Report of the Indian Hemp Drugs Commission, 1894-1895 - Volume II
Year: 1894
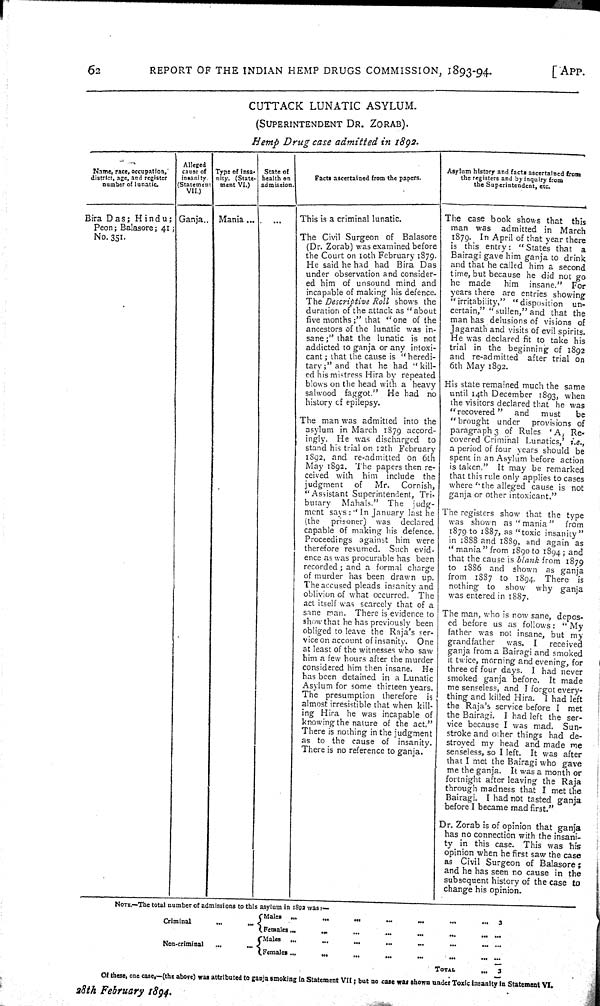
62
REPORT OF THE INDIAN HEMP DRUGS COMMISSION, 1893-94.
[APP.
CUTTACK
LUNATIC
ASYLUM.
(SUPERINTENDENT
DR.
ZORAB).
Hemp
Drug
case admitted
in
1892.
Name, race, occupation,
district, age, and register
number of lunatic.
Alleged
cause of
insanity.
(Statement
VII.)
Type of insa-
nity. (State-
ment VI.)
State of
health on
admission.
Facts ascertained from the papers.
Asylum history and facts ascertained from
the registers and by inquiry from
the Superintendent, etc
Name, race, occupation,
district, age, and register
number of lunatic.
Alleged
cause of
insanity.
(Statement
VII.)
Type of insa-
nity. (State-
ment VI.)
State of
health on
admission.
Facts ascertained from the papers.
Asylum history and facts ascertained from
the registers and by inquiry from
the Superintendent, etc
Name, race, occupation,
district, age, and register
number of lunatic.
Alleged
cause of
insanity.
(Statement
VII.)
Type of insa-
nity. (State-
ment VI.)
State of
health on
admission.
Facts ascertained from the papers.
Asylum history and facts ascertained from
the registers and by inquiry from
the Superintendent, etc
Name, race, occupation,
district, age, and register
number of lunatic.
Alleged
cause of
insanity.
(Statement
VII.)
Type of insa-
nity. (State-
ment VI.)
State of
health on
admission.
Facts ascertained from the papers.
Asylum history and facts ascertained from
the registers and by inquiry from
the Superintendent, etc
Name, race, occupation,
district, age, and register
number of lunatic.
Alleged
cause of
insanity.
(Statement
VII.)
Type of insa-
nity. (State-
ment VI.)
State of
health on
admission.
Facts ascertained from the papers.
Asylum history and facts ascertained from
the registers and by inquiry from
the Superintendent, etc
Bira Das;
Hindu;
Peon; Balasore; 41;
No. 351.
Ganja..
Mania ...
This is a criminal lunatic.
The case book shows that
this
man was
admitted in
March
1879. In April of that year there
is this entry:
"States that
a
Bairagi gave him ganja to drink
and that he called him a second
time, but because he did not go
he
made
him
insane."
For
years there are entries showing
"irritability,"
"disposition
un-
certain," "sullen," and that the
man has delusions of visions of
Jaganath and visits of evil spirits.
He was declared fit to take his
trial in the beginning of 1892
and re-admitted
after trial on
6th May 1892.
Bira Das;
Hindu;
Peon; Balasore; 41;
No. 351.
The case book shows that
this
man was
admitted in
March
1879. In April of that year there
is this entry:
"States that
a
Bairagi gave him ganja to drink
and that he called him a second
time, but because he did not go
he
made
him
insane."
For
years there are entries showing
"irritability,"
"disposition
un-
certain," "sullen," and that the
man has delusions of visions of
Jaganath and visits of evil spirits.
He was declared fit to take his
trial in the beginning of 1892
and re-admitted
after trial on
6th May 1892.
Bira Das;
Hindu;
Peon; Balasore; 41;
No. 351.
The Civil Surgeon of
Balasore
(Dr. Zorab) was examined before
the Court on 10th February 1879.
He said he had had Bira
Das
under observation and consider-
ed him of unsound mind and
incapable of making his defence.
The Descriptive
Roll
shows the
duration of the attack as "about
five months;" that "one of the
ancestors of the lunatic was in-
sane;" that the lunatic is not
addicted to ganja or any intoxi-
cant; that the cause is "heredi-
tary;" and that he had "kill-
ed his mistress Hira by repeated
blows on the head with a heavy
salwood
faggot."
He had
no
history of epilepsy.
The case book shows that
this
man was
admitted in
March
1879. In April of that year there
is this entry:
"States that
a
Bairagi gave him ganja to drink
and that he called him a second
time, but because he did not go
he
made
him
insane."
For
years there are entries showing
"irritability,"
"disposition
un-
certain," "sullen," and that the
man has delusions of visions of
Jaganath and visits of evil spirits.
He was declared fit to take his
trial in the beginning of 1892
and re-admitted
after trial on
6th May 1892.
The Civil Surgeon of
Balasore
(Dr. Zorab) was examined before
the Court on 10th February 1879.
He said he had had Bira
Das
under observation and consider-
ed him of unsound mind and
incapable of making his defence.
The Descriptive
Roll
shows the
duration of the attack as "about
five months;" that "one of the
ancestors of the lunatic was in-
sane;" that the lunatic is not
addicted to ganja or any intoxi-
cant; that the cause is "heredi-
tary;" and that he had "kill-
ed his mistress Hira by repeated
blows on the head with a heavy
salwood
faggot."
He had
no
history of epilepsy.
The case book shows that
this
man was
admitted in
March
1879. In April of that year there
is this entry:
"States that
a
Bairagi gave him ganja to drink
and that he called him a second
time, but because he did not go
he
made
him
insane."
For
years there are entries showing
"irritability,"
"disposition
un-
certain," "sullen," and that the
man has delusions of visions of
Jaganath and visits of evil spirits.
He was declared fit to take his
trial in the beginning of 1892
and re-admitted
after trial on
6th May 1892.
The Civil Surgeon of
Balasore
(Dr. Zorab) was examined before
the Court on 10th February 1879.
He said he had had Bira
Das
under observation and consider-
ed him of unsound mind and
incapable of making his defence.
The Descriptive
Roll
shows the
duration of the attack as "about
five months;" that "one of the
ancestors of the lunatic was in-
sane;" that the lunatic is not
addicted to ganja or any intoxi-
cant; that the cause is "heredi-
tary;" and that he had "kill-
ed his mistress Hira by repeated
blows on the head with a heavy
salwood
faggot."
He had
no
history of epilepsy.
The case book shows that
this
man was
admitted in
March
1879. In April of that year there
is this entry:
"States that
a
Bairagi gave him ganja to drink
and that he called him a second
time, but because he did not go
he
made
him
insane."
For
years there are entries showing
"irritability,"
"disposition
un-
certain," "sullen," and that the
man has delusions of visions of
Jaganath and visits of evil spirits.
He was declared fit to take his
trial in the beginning of 1892
and re-admitted
after trial on
6th May 1892.
The Civil Surgeon of
Balasore
(Dr. Zorab) was examined before
the Court on 10th February 1879.
He said he had had Bira
Das
under observation and consider-
ed him of unsound mind and
incapable of making his defence.
The Descriptive
Roll
shows the
duration of the attack as "about
five months;" that "one of the
ancestors of the lunatic was in-
sane;" that the lunatic is not
addicted to ganja or any intoxi-
cant; that the cause is "heredi-
tary;" and that he had "kill-
ed his mistress Hira by repeated
blows on the head with a heavy
salwood
faggot."
He had
no
history of epilepsy.
The case book shows that
this
man was
admitted in
March
1879. In April of that year there
is this entry:
"States that
a
Bairagi gave him ganja to drink
and that he called him a second
time, but because he did not go
he
made
him
insane."
For
years there are entries showing
"irritability,"
"disposition
un-
certain," "sullen," and that the
man has delusions of visions of
Jaganath and visits of evil spirits.
He was declared fit to take his
trial in the beginning of 1892
and re-admitted
after trial on
6th May 1892.
The Civil Surgeon of
Balasore
(Dr. Zorab) was examined before
the Court on 10th February 1879.
He said he had had Bira
Das
under observation and consider-
ed him of unsound mind and
incapable of making his defence.
The Descriptive
Roll
shows the
duration of the attack as "about
five months;" that "one of the
ancestors of the lunatic was in-
sane;" that the lunatic is not
addicted to ganja or any intoxi-
cant; that the cause is "heredi-
tary;" and that he had "kill-
ed his mistress Hira by repeated
blows on the head with a heavy
salwood
faggot."
He had
no
history of epilepsy.
The case book shows that
this
man was
admitted in
March
1879. In April of that year there
is this entry:
"States that
a
Bairagi gave him ganja to drink
and that he called him a second
time, but because he did not go
he
made
him
insane."
For
years there are entries showing
"irritability,"
"disposition
un-
certain," "sullen," and that the
man has delusions of visions of
Jaganath and visits of evil spirits.
He was declared fit to take his
trial in the beginning of 1892
and re-admitted
after trial on
6th May 1892.
The Civil Surgeon of
Balasore
(Dr. Zorab) was examined before
the Court on 10th February 1879.
He said he had had Bira
Das
under observation and consider-
ed him of unsound mind and
incapable of making his defence.
The Descriptive
Roll
shows the
duration of the attack as "about
five months;" that "one of the
ancestors of the lunatic was in-
sane;" that the lunatic is not
addicted to ganja or any intoxi-
cant; that the cause is "heredi-
tary;" and that he had "kill-
ed his mistress Hira by repeated
blows on the head with a heavy
salwood
faggot."
He had
no
history of epilepsy.
The case book shows that
this
man was
admitted in
March
1879. In April of that year there
is this entry:
"States that
a
Bairagi gave him ganja to drink
and that he called him a second
time, but because he did not go
he
made
him
insane."
For
years there are entries showing
"irritability,"
"disposition
un-
certain," "sullen," and that the
man has delusions of visions of
Jaganath and visits of evil spirits.
He was declared fit to take his
trial in the beginning of 1892
and re-admitted
after trial on
6th May 1892.
The Civil Surgeon of
Balasore
(Dr. Zorab) was examined before
the Court on 10th February 1879.
He said he had had Bira
Das
under observation and consider-
ed him of unsound mind and
incapable of making his defence.
The Descriptive
Roll
shows the
duration of the attack as "about
five months;" that "one of the
ancestors of the lunatic was in-
sane;" that the lunatic is not
addicted to ganja or any intoxi-
cant; that the cause is "heredi-
tary;" and that he had "kill-
ed his mistress Hira by repeated
blows on the head with a heavy
salwood
faggot."
He had
no
history of epilepsy.
The case book shows that
this
man was
admitted in
March
1879. In April of that year there
is this entry:
"States that
a
Bairagi gave him ganja to drink
and that he called him a second
time, but because he did not go
he
made
him
insane."
For
years there are entries showing
"irritability,"
"disposition
un-
certain," "sullen," and that the
man has delusions of visions of
Jaganath and visits of evil spirits.
He was declared fit to take his
trial in the beginning of 1892
and re-admitted
after trial on
6th May 1892.
The Civil Surgeon of
Balasore
(Dr. Zorab) was examined before
the Court on 10th February 1879.
He said he had had Bira
Das
under observation and consider-
ed him of unsound mind and
incapable of making his defence.
The Descriptive
Roll
shows the
duration of the attack as "about
five months;" that "one of the
ancestors of the lunatic was in-
sane;" that the lunatic is not
addicted to ganja or any intoxi-
cant; that the cause is "heredi-
tary;" and that he had "kill-
ed his mistress Hira by repeated
blows on the head with a heavy
salwood
faggot."
He had
no
history of epilepsy.
The case book shows that
this
man was
admitted in
March
1879. In April of that year there
is this entry:
"States that
a
Bairagi gave him ganja to drink
and that he called him a second
time, but because he did not go
he
made
him
insane."
For
years there are entries showing
"irritability,"
"disposition
un-
certain," "sullen," and that the
man has delusions of visions of
Jaganath and visits of evil spirits.
He was declared fit to take his
trial in the beginning of 1892
and re-admitted
after trial on
6th May 1892.
The Civil Surgeon of
Balasore
(Dr. Zorab) was examined before
the Court on 10th February 1879.
He said he had had Bira
Das
under observation and consider-
ed him of unsound mind and
incapable of making his defence.
The Descriptive
Roll
shows the
duration of the attack as "about
five months;" that "one of the
ancestors of the lunatic was in-
sane;" that the lunatic is not
addicted to ganja or any intoxi-
cant; that the cause is "heredi-
tary;" and that he had "kill-
ed his mistress Hira by repeated
blows on the head with a heavy
salwood
faggot."
He had
no
history of epilepsy.
The case book shows that
this
man was
admitted in
March
1879. In April of that year there
is this entry:
"States that
a
Bairagi gave him ganja to drink
and that he called him a second
time, but because he did not go
he
made
him
insane."
For
years there are entries showing
"irritability,"
"disposition
un-
certain," "sullen," and that the
man has delusions of visions of
Jaganath and visits of evil spirits.
He was declared fit to take his
trial in the beginning of 1892
and re-admitted
after trial on
6th May 1892.
The Civil Surgeon of
Balasore
(Dr. Zorab) was examined before
the Court on 10th February 1879.
He said he had had Bira
Das
under observation and consider-
ed him of unsound mind and
incapable of making his defence.
The Descriptive
Roll
shows the
duration of the attack as "about
five months;" that "one of the
ancestors of the lunatic was in-
sane;" that the lunatic is not
addicted to ganja or any intoxi-
cant; that the cause is "heredi-
tary;" and that he had "kill-
ed his mistress Hira by repeated
blows on the head with a heavy
salwood
faggot."
He had
no
history of epilepsy.
The case book shows that
this
man was
admitted in
March
1879. In April of that year there
is this entry:
"States that
a
Bairagi gave him ganja to drink
and that he called him a second
time, but because he did not go
he
made
him
insane."
For
years there are entries showing
"irritability,"
"disposition
un-
certain," "sullen," and that the
man has delusions of visions of
Jaganath and visits of evil spirits.
He was declared fit to take his
trial in the beginning of 1892
and re-admitted
after trial on
6th May 1892.
The Civil Surgeon of
Balasore
(Dr. Zorab) was examined before
the Court on 10th February 1879.
He said he had had Bira
Das
under observation and consider-
ed him of unsound mind and
incapable of making his defence.
The Descriptive
Roll
shows the
duration of the attack as "about
five months;" that "one of the
ancestors of the lunatic was in-
sane;" that the lunatic is not
addicted to ganja or any intoxi-
cant; that the cause is "heredi-
tary;" and that he had "kill-
ed his mistress Hira by repeated
blows on the head with a heavy
salwood
faggot."
He had
no
history of epilepsy.
The case book shows that
this
man was
admitted in
March
1879. In April of that year there
is this entry:
"States that
a
Bairagi gave him ganja to drink
and that he called him a second
time, but because he did not go
he
made
him
insane."
For
years there are entries showing
"irritability,"
"disposition
un-
certain," "sullen," and that the
man has delusions of visions of
Jaganath and visits of evil spirits.
He was declared fit to take his
trial in the beginning of 1892
and re-admitted
after trial on
6th May 1892.
The Civil Surgeon of
Balasore
(Dr. Zorab) was examined before
the Court on 10th February 1879.
He said he had had Bira
Das
under observation and consider-
ed him of unsound mind and
incapable of making his defence.
The Descriptive
Roll
shows the
duration of the attack as "about
five months;" that "one of the
ancestors of the lunatic was in-
sane;" that the lunatic is not
addicted to ganja or any intoxi-
cant; that the cause is "heredi-
tary;" and that he had "kill-
ed his mistress Hira by repeated
blows on the head with a heavy
salwood
faggot."
He had
no
history of epilepsy.
The case book shows that
this
man was
admitted in
March
1879. In April of that year there
is this entry:
"States that
a
Bairagi gave him ganja to drink
and that he called him a second
time, but because he did not go
he
made
him
insane."
For
years there are entries showing
"irritability,"
"disposition
un-
certain," "sullen," and that the
man has delusions of visions of
Jaganath and visits of evil spirits.
He was declared fit to take his
trial in the beginning of 1892
and re-admitted
after trial on
6th May 1892.
The Civil Surgeon of
Balasore
(Dr. Zorab) was examined before
the Court on 10th February 1879.
He said he had had Bira
Das
under observation and consider-
ed him of unsound mind and
incapable of making his defence.
The Descriptive
Roll
shows the
duration of the attack as "about
five months;" that "one of the
ancestors of the lunatic was in-
sane;" that the lunatic is not
addicted to ganja or any intoxi-
cant; that the cause is "heredi-
tary;" and that he had "kill-
ed his mistress Hira by repeated
blows on the head with a heavy
salwood
faggot."
He had
no
history of epilepsy.
The case book shows that
this
man was
admitted in
March
1879. In April of that year there
is this entry:
"States that
a
Bairagi gave him ganja to drink
and that he called him a second
time, but because he did not go
he
made
him
insane."
For
years there are entries showing
"irritability,"
"disposition
un-
certain," "sullen," and that the
man has delusions of visions of
Jaganath and visits of evil spirits.
He was declared fit to take his
trial in the beginning of 1892
and re-admitted
after trial on
6th May 1892.
The Civil Surgeon of
Balasore
(Dr. Zorab) was examined before
the Court on 10th February 1879.
He said he had had Bira
Das
under observation and consider-
ed him of unsound mind and
incapable of making his defence.
The Descriptive
Roll
shows the
duration of the attack as "about
five months;" that "one of the
ancestors of the lunatic was in-
sane;" that the lunatic is not
addicted to ganja or any intoxi-
cant; that the cause is "heredi-
tary;" and that he had "kill-
ed his mistress Hira by repeated
blows on the head with a heavy
salwood
faggot."
He had
no
history of epilepsy.
The case book shows that
this
man was
admitted in
March
1879. In April of that year there
is this entry:
"States that
a
Bairagi gave him ganja to drink
and that he called him a second
time, but because he did not go
he
made
him
insane."
For
years there are entries showing
"irritability,"
"disposition
un-
certain," "sullen," and that the
man has delusions of visions of
Jaganath and visits of evil spirits.
He was declared fit to take his
trial in the beginning of 1892
and re-admitted
after trial on
6th May 1892.
The Civil Surgeon of
Balasore
(Dr. Zorab) was examined before
the Court on 10th February 1879.
He said he had had Bira
Das
under observation and consider-
ed him of unsound mind and
incapable of making his defence.
The Descriptive
Roll
shows the
duration of the attack as "about
five months;" that "one of the
ancestors of the lunatic was in-
sane;" that the lunatic is not
addicted to ganja or any intoxi-
cant; that the cause is "heredi-
tary;" and that he had "kill-
ed his mistress Hira by repeated
blows on the head with a heavy
salwood
faggot."
He had
no
history of epilepsy.
The case book shows that
this
man was
admitted in
March
1879. In April of that year there
is this entry:
"States that
a
Bairagi gave him ganja to drink
and that he called him a second
time, but because he did not go
he
made
him
insane."
For
years there are entries showing
"irritability,"
"disposition
un-
certain," "sullen," and that the
man has delusions of visions of
Jaganath and visits of evil spirits.
He was declared fit to take his
trial in the beginning of 1892
and re-admitted
after trial on
6th May 1892.
The Civil Surgeon of
Balasore
(Dr. Zorab) was examined before
the Court on 10th February 1879.
He said he had had Bira
Das
under observation and consider-
ed him of unsound mind and
incapable of making his defence.
The Descriptive
Roll
shows the
duration of the attack as "about
five months;" that "one of the
ancestors of the lunatic was in-
sane;" that the lunatic is not
addicted to ganja or any intoxi-
cant; that the cause is "heredi-
tary;" and that he had "kill-
ed his mistress Hira by repeated
blows on the head with a heavy
salwood
faggot."
He had
no
history of epilepsy.
The Civil Surgeon of
Balasore
(Dr. Zorab) was examined before
the Court on 10th February 1879.
He said he had had Bira
Das
under observation and consider-
ed him of unsound mind and
incapable of making his defence.
The Descriptive
Roll
shows the
duration of the attack as "about
five months;" that "one of the
ancestors of the lunatic was in-
sane;" that the lunatic is not
addicted to ganja or any intoxi-
cant; that the cause is "heredi-
tary;" and that he had "kill-
ed his mistress Hira by repeated
blows on the head with a heavy
salwood
faggot."
He had
no
history of epilepsy.
His state remained much the same
until 14th December 1893, when
the visitors declared that he was
"recovered"
and
must
be
"brought
under
provisions of
paragraph 3 of Rules
'A,
Re-
covered Criminal Lunatics,'
i.e.,
a period of four years should be
spent in an Asylum before action
is taken."
It may be remarked
that this rule only applies to cases
where "the alleged cause is not
ganja or other intoxicant."
The Civil Surgeon of
Balasore
(Dr. Zorab) was examined before
the Court on 10th February 1879.
He said he had had Bira
Das
under observation and consider-
ed him of unsound mind and
incapable of making his defence.
The Descriptive
Roll
shows the
duration of the attack as "about
five months;" that "one of the
ancestors of the lunatic was in-
sane;" that the lunatic is not
addicted to ganja or any intoxi-
cant; that the cause is "heredi-
tary;" and that he had "kill-
ed his mistress Hira by repeated
blows on the head with a heavy
salwood
faggot."
He had
no
history of epilepsy.
His state remained much the same
until 14th December 1893, when
the visitors declared that he was
"recovered"
and
must
be
"brought
under
provisions of
paragraph 3 of Rules
'A,
Re-
covered Criminal Lunatics,'
i.e.,
a period of four years should be
spent in an Asylum before action
is taken."
It may be remarked
that this rule only applies to cases
where "the alleged cause is not
ganja or other intoxicant."
The Civil Surgeon of
Balasore
(Dr. Zorab) was examined before
the Court on 10th February 1879.
He said he had had Bira
Das
under observation and consider-
ed him of unsound mind and
incapable of making his defence.
The Descriptive
Roll
shows the
duration of the attack as "about
five months;" that "one of the
ancestors of the lunatic was in-
sane;" that the lunatic is not
addicted to ganja or any intoxi-
cant; that the cause is "heredi-
tary;" and that he had "kill-
ed his mistress Hira by repeated
blows on the head with a heavy
salwood
faggot."
He had
no
history of epilepsy.
His state remained much the same
until 14th December 1893, when
the visitors declared that he was
"recovered"
and
must
be
"brought
under
provisions of
paragraph 3 of Rules
'A,
Re-
covered Criminal Lunatics,'
i.e.,
a period of four years should be
spent in an Asylum before action
is taken."
It may be remarked
that this rule only applies to cases
where "the alleged cause is not
ganja or other intoxicant."
His state remained much the same
until 14th December 1893, when
the visitors declared that he was
"recovered"
and
must
be
"brought
under
provisions of
paragraph 3 of Rules
'A,
Re-
covered Criminal Lunatics,'
i.e.,
a period of four years should be
spent in an Asylum before action
is taken."
It may be remarked
that this rule only applies to cases
where "the alleged cause is not
ganja or other intoxicant."
The man was admitted into the
asylum in March 1879 accord-
ingly.
He was discharged
to
stand his trial on 12th February
1892, and re-admitted on 6th
May 1892. The papers then re-
ceived with
him
include
the
judgment
of
Mr.
Cornish,
"Assistant Superintendent, Tri-
butary
Mahals."
The
judg-
ment says: "In January last he
(the
prisoner)
was
"declared
capable of making his defence.
Proceedings against him were
therefore resumed.
Such evid-
ence as was procurable has been
recorded; and a formal charge
of murder has been drawn up.
The accused pleads insanity and
oblivion of what occurred.
The
act itself was scarcely that of a
sane man.
There is evidence to
show that he has previously been
obliged to leave the Raja's ser-
vice on account of insanity.
One
at least of the witnesses who saw
him a few hours after the murder
considered him then insane.
He
has been detained in a Lunatic
Asylum for some thirteen years.
The
presumption
therefore
is
almost irresistible that when kill-
ing Hira he was incapable of
knowing the nature of the act."
There is nothing in the judgment
as to the cause of
insanity.
There is no reference to ganja.
His state remained much the same
until 14th December 1893, when
the visitors declared that he was
"recovered"
and
must
be
"brought
under
provisions of
paragraph 3 of Rules
'A,
Re-
covered Criminal Lunatics,'
i.e.,
a period of four years should be
spent in an Asylum before action
is taken."
It may be remarked
that this rule only applies to cases
where "the alleged cause is not
ganja or other intoxicant."
The man was admitted into the
asylum in March 1879 accord-
ingly.
He was discharged
to
stand his trial on 12th February
1892, and re-admitted on 6th
May 1892. The papers then re-
ceived with
him
include
the
judgment
of
Mr.
Cornish,
"Assistant Superintendent, Tri-
butary
Mahals."
The
judg-
ment says: "In January last he
(the
prisoner)
was
"declared
capable of making his defence.
Proceedings against him were
therefore resumed.
Such evid-
ence as was procurable has been
recorded; and a formal charge
of murder has been drawn up.
The accused pleads insanity and
oblivion of what occurred.
The
act itself was scarcely that of a
sane man.
There is evidence to
show that he has previously been
obliged to leave the Raja's ser-
vice on account of insanity.
One
at least of the witnesses who saw
him a few hours after the murder
considered him then insane.
He
has been detained in a Lunatic
Asylum for some thirteen years.
The
presumption
therefore
is
almost irresistible that when kill-
ing Hira he was incapable of
knowing the nature of the act."
There is nothing in the judgment
as to the cause of
insanity.
There is no reference to ganja.
His state remained much the same
until 14th December 1893, when
the visitors declared that he was
"recovered"
and
must
be
"brought
under
provisions of
paragraph 3 of Rules
'A,
Re-
covered Criminal Lunatics,'
i.e.,
a period of four years should be
spent in an Asylum before action
is taken."
It may be remarked
that this rule only applies to cases
where "the alleged cause is not
ganja or other intoxicant."
The man was admitted into the
asylum in March 1879 accord-
ingly.
He was discharged
to
stand his trial on 12th February
1892, and re-admitted on 6th
May 1892. The papers then re-
ceived with
him
include
the
judgment
of
Mr.
Cornish,
"Assistant Superintendent, Tri-
butary
Mahals."
The
judg-
ment says: "In January last he
(the
prisoner)
was
"declared
capable of making his defence.
Proceedings against him were
therefore resumed.
Such evid-
ence as was procurable has been
recorded; and a formal charge
of murder has been drawn up.
The accused pleads insanity and
oblivion of what occurred.
The
act itself was scarcely that of a
sane man.
There is evidence to
show that he has previously been
obliged to leave the Raja's ser-
vice on account of insanity.
One
at least of the witnesses who saw
him a few hours after the murder
considered him then insane.
He
has been detained in a Lunatic
Asylum for some thirteen years.
The
presumption
therefore
is
almost irresistible that when kill-
ing Hira he was incapable of
knowing the nature of the act."
There is nothing in the judgment
as to the cause of
insanity.
There is no reference to ganja.
His state remained much the same
until 14th December 1893, when
the visitors declared that he was
"recovered"
and
must
be
"brought
under
provisions of
paragraph 3 of Rules
'A,
Re-
covered Criminal Lunatics,'
i.e.,
a period of four years should be
spent in an Asylum before action
is taken."
It may be remarked
that this rule only applies to cases
where "the alleged cause is not
ganja or other intoxicant."
The man was admitted into the
asylum in March 1879 accord-
ingly.
He was discharged
to
stand his trial on 12th February
1892, and re-admitted on 6th
May 1892. The papers then re-
ceived with
him
include
the
judgment
of
Mr.
Cornish,
"Assistant Superintendent, Tri-
butary
Mahals."
The
judg-
ment says: "In January last he
(the
prisoner)
was
"declared
capable of making his defence.
Proceedings against him were
therefore resumed.
Such evid-
ence as was procurable has been
recorded; and a formal charge
of murder has been drawn up.
The accused pleads insanity and
oblivion of what occurred.
The
act itself was scarcely that of a
sane man.
There is evidence to
show that he has previously been
obliged to leave the Raja's ser-
vice on account of insanity.
One
at least of the witnesses who saw
him a few hours after the murder
considered him then insane.
He
has been detained in a Lunatic
Asylum for some thirteen years.
The
presumption
therefore
is
almost irresistible that when kill-
ing Hira he was incapable of
knowing the nature of the act."
There is nothing in the judgment
as to the cause of
insanity.
There is no reference to ganja.
His state remained much the same
until 14th December 1893, when
the visitors declared that he was
"recovered"
and
must
be
"brought
under
provisions of
paragraph 3 of Rules
'A,
Re-
covered Criminal Lunatics,'
i.e.,
a period of four years should be
spent in an Asylum before action
is taken."
It may be remarked
that this rule only applies to cases
where "the alleged cause is not
ganja or other intoxicant."
The man was admitted into the
asylum in March 1879 accord-
ingly.
He was discharged
to
stand his trial on 12th February
1892, and re-admitted on 6th
May 1892. The papers then re-
ceived with
him
include
the
judgment
of
Mr.
Cornish,
"Assistant Superintendent, Tri-
butary
Mahals."
The
judg-
ment says: "In January last he
(the
prisoner)
was
"declared
capable of making his defence.
Proceedings against him were
therefore resumed.
Such evid-
ence as was procurable has been
recorded; and a formal charge
of murder has been drawn up.
The accused pleads insanity and
oblivion of what occurred.
The
act itself was scarcely that of a
sane man.
There is evidence to
show that he has previously been
obliged to leave the Raja's ser-
vice on account of insanity.
One
at least of the witnesses who saw
him a few hours after the murder
considered him then insane.
He
has been detained in a Lunatic
Asylum for some thirteen years.
The
presumption
therefore
is
almost irresistible that when kill-
ing Hira he was incapable of
knowing the nature of the act."
There is nothing in the judgment
as to the cause of
insanity.
There is no reference to ganja.
His state remained much the same
until 14th December 1893, when
the visitors declared that he was
"recovered"
and
must
be
"brought
under
provisions of
paragraph 3 of Rules
'A,
Re-
covered Criminal Lunatics,'
i.e.,
a period of four years should be
spent in an Asylum before action
is taken."
It may be remarked
that this rule only applies to cases
where "the alleged cause is not
ganja or other intoxicant."
The man was admitted into the
asylum in March 1879 accord-
ingly.
He was discharged
to
stand his trial on 12th February
1892, and re-admitted on 6th
May 1892. The papers then re-
ceived with
him
include
the
judgment
of
Mr.
Cornish,
"Assistant Superintendent, Tri-
butary
Mahals."
The
judg-
ment says: "In January last he
(the
prisoner)
was
"declared
capable of making his defence.
Proceedings against him were
therefore resumed.
Such evid-
ence as was procurable has been
recorded; and a formal charge
of murder has been drawn up.
The accused pleads insanity and
oblivion of what occurred.
The
act itself was scarcely that of a
sane man.
There is evidence to
show that he has previously been
obliged to leave the Raja's ser-
vice on account of insanity.
One
at least of the witnesses who saw
him a few hours after the murder
considered him then insane.
He
has been detained in a Lunatic
Asylum for some thirteen years.
The
presumption
therefore
is
almost irresistible that when kill-
ing Hira he was incapable of
knowing the nature of the act."
There is nothing in the judgment
as to the cause of
insanity.
There is no reference to ganja.
His state remained much the same
until 14th December 1893, when
the visitors declared that he was
"recovered"
and
must
be
"brought
under
provisions of
paragraph 3 of Rules
'A,
Re-
covered Criminal Lunatics,'
i.e.,
a period of four years should be
spent in an Asylum before action
is taken."
It may be remarked
that this rule only applies to cases
where "the alleged cause is not
ganja or other intoxicant."
The man was admitted into the
asylum in March 1879 accord-
ingly.
He was discharged
to
stand his trial on 12th February
1892, and re-admitted on 6th
May 1892. The papers then re-
ceived with
him
include
the
judgment
of
Mr.
Cornish,
"Assistant Superintendent, Tri-
butary
Mahals."
The
judg-
ment says: "In January last he
(the
prisoner)
was
"declared
capable of making his defence.
Proceedings against him were
therefore resumed.
Such evid-
ence as was procurable has been
recorded; and a formal charge
of murder has been drawn up.
The accused pleads insanity and
oblivion of what occurred.
The
act itself was scarcely that of a
sane man.
There is evidence to
show that he has previously been
obliged to leave the Raja's ser-
vice on account of insanity.
One
at least of the witnesses who saw
him a few hours after the murder
considered him then insane.
He
has been detained in a Lunatic
Asylum for some thirteen years.
The
presumption
therefore
is
almost irresistible that when kill-
ing Hira he was incapable of
knowing the nature of the act."
There is nothing in the judgment
as to the cause of
insanity.
There is no reference to ganja.
His state remained much the same
until 14th December 1893, when
the visitors declared that he was
"recovered"
and
must
be
"brought
under
provisions of
paragraph 3 of Rules
'A,
Re-
covered Criminal Lunatics,'
i.e.,
a period of four years should be
spent in an Asylum before action
is taken."
It may be remarked
that this rule only applies to cases
where "the alleged cause is not
ganja or other intoxicant."
The man was admitted into the
asylum in March 1879 accord-
ingly.
He was discharged
to
stand his trial on 12th February
1892, and re-admitted on 6th
May 1892. The papers then re-
ceived with
him
include
the
judgment
of
Mr.
Cornish,
"Assistant Superintendent, Tri-
butary
Mahals."
The
judg-
ment says: "In January last he
(the
prisoner)
was
"declared
capable of making his defence.
Proceedings against him were
therefore resumed.
Such evid-
ence as was procurable has been
recorded; and a formal charge
of murder has been drawn up.
The accused pleads insanity and
oblivion of what occurred.
The
act itself was scarcely that of a
sane man.
There is evidence to
show that he has previously been
obliged to leave the Raja's ser-
vice on account of insanity.
One
at least of the witnesses who saw
him a few hours after the murder
considered him then insane.
He
has been detained in a Lunatic
Asylum for some thirteen years.
The
presumption
therefore
is
almost irresistible that when kill-
ing Hira he was incapable of
knowing the nature of the act."
There is nothing in the judgment
as to the cause of
insanity.
There is no reference to ganja.
His state remained much the same
until 14th December 1893, when
the visitors declared that he was
"recovered"
and
must
be
"brought
under
provisions of
paragraph 3 of Rules
'A,
Re-
covered Criminal Lunatics,'
i.e.,
a period of four years should be
spent in an Asylum before action
is taken."
It may be remarked
that this rule only applies to cases
where "the alleged cause is not
ganja or other intoxicant."
The man was admitted into the
asylum in March 1879 accord-
ingly.
He was discharged
to
stand his trial on 12th February
1892, and re-admitted on 6th
May 1892. The papers then re-
ceived with
him
include
the
judgment
of
Mr.
Cornish,
"Assistant Superintendent, Tri-
butary
Mahals."
The
judg-
ment says: "In January last he
(the
prisoner)
was
"declared
capable of making his defence.
Proceedings against him were
therefore resumed.
Such evid-
ence as was procurable has been
recorded; and a formal charge
of murder has been drawn up.
The accused pleads insanity and
oblivion of what occurred.
The
act itself was scarcely that of a
sane man.
There is evidence to
show that he has previously been
obliged to leave the Raja's ser-
vice on account of insanity.
One
at least of the witnesses who saw
him a few hours after the murder
considered him then insane.
He
has been detained in a Lunatic
Asylum for some thirteen years.
The
presumption
therefore
is
almost irresistible that when kill-
ing Hira he was incapable of
knowing the nature of the act."
There is nothing in the judgment
as to the cause of
insanity.
There is no reference to ganja.
His state remained much the same
until 14th December 1893, when
the visitors declared that he was
"recovered"
and
must
be
"brought
under
provisions of
paragraph 3 of Rules
'A,
Re-
covered Criminal Lunatics,'
i.e.,
a period of four years should be
spent in an Asylum before action
is taken."
It may be remarked
that this rule only applies to cases
where "the alleged cause is not
ganja or other intoxicant."
The man was admitted into the
asylum in March 1879 accord-
ingly.
He was discharged
to
stand his trial on 12th February
1892, and re-admitted on 6th
May 1892. The papers then re-
ceived with
him
include
the
judgment
of
Mr.
Cornish,
"Assistant Superintendent, Tri-
butary
Mahals."
The
judg-
ment says: "In January last he
(the
prisoner)
was
"declared
capable of making his defence.
Proceedings against him were
therefore resumed.
Such evid-
ence as was procurable has been
recorded; and a formal charge
of murder has been drawn up.
The accused pleads insanity and
oblivion of what occurred.
The
act itself was scarcely that of a
sane man.
There is evidence to
show that he has previously been
obliged to leave the Raja's ser-
vice on account of insanity.
One
at least of the witnesses who saw
him a few hours after the murder
considered him then insane.
He
has been detained in a Lunatic
Asylum for some thirteen years.
The
presumption
therefore
is
almost irresistible that when kill-
ing Hira he was incapable of
knowing the nature of the act."
There is nothing in the judgment
as to the cause of
insanity.
There is no reference to ganja.
The man was admitted into the
asylum in March 1879 accord-
ingly.
He was discharged
to
stand his trial on 12th February
1892, and re-admitted on 6th
May 1892. The papers then re-
ceived with
him
include
the
judgment
of
Mr.
Cornish,
"Assistant Superintendent, Tri-
butary
Mahals."
The
judg-
ment says: "In January last he
(the
prisoner)
was
"declared
capable of making his defence.
Proceedings against him were
therefore resumed.
Such evid-
ence as was procurable has been
recorded; and a formal charge
of murder has been drawn up.
The accused pleads insanity and
oblivion of what occurred.
The
act itself was scarcely that of a
sane man.
There is evidence to
show that he has previously been
obliged to leave the Raja's ser-
vice on account of insanity.
One
at least of the witnesses who saw
him a few hours after the murder
considered him then insane.
He
has been detained in a Lunatic
Asylum for some thirteen years.
The
presumption
therefore
is
almost irresistible that when kill-
ing Hira he was incapable of
knowing the nature of the act."
There is nothing in the judgment
as to the cause of
insanity.
There is no reference to ganja.
The registers show that the type
was shown as "mania"
from
1879 to 1887, as "toxic insanity"
in 1888 and 1889, and again as
"mania" from 1890 to 1894; and
that the cause is blank from 1879
to
1886 and
shown
as gania
from
1887 to
1894.
There
is
nothing
to
show
why
ganja
was entered in 1887.
The man was admitted into the
asylum in March 1879 accord-
ingly.
He was discharged
to
stand his trial on 12th February
1892, and re-admitted on 6th
May 1892. The papers then re-
ceived with
him
include
the
judgment
of
Mr.
Cornish,
"Assistant Superintendent, Tri-
butary
Mahals."
The
judg-
ment says: "In January last he
(the
prisoner)
was
"declared
capable of making his defence.
Proceedings against him were
therefore resumed.
Such evid-
ence as was procurable has been
recorded; and a formal charge
of murder has been drawn up.
The accused pleads insanity and
oblivion of what occurred.
The
act itself was scarcely that of a
sane man.
There is evidence to
show that he has previously been
obliged to leave the Raja's ser-
vice on account of insanity.
One
at least of the witnesses who saw
him a few hours after the murder
considered him then insane.
He
has been detained in a Lunatic
Asylum for some thirteen years.
The
presumption
therefore
is
almost irresistible that when kill-
ing Hira he was incapable of
knowing the nature of the act."
There is nothing in the judgment
as to the cause of
insanity.
There is no reference to ganja.
The registers show that the type
was shown as "mania"
from
1879 to 1887, as "toxic insanity"
in 1888 and 1889, and again as
"mania" from 1890 to 1894; and
that the cause is blank from 1879
to
1886 and
shown
as gania
from
1887 to
1894.
There
is
nothing
to
show
why
ganja
was entered in 1887.
The man was admitted into the
asylum in March 1879 accord-
ingly.
He was discharged
to
stand his trial on 12th February
1892, and re-admitted on 6th
May 1892. The papers then re-
ceived with
him
include
the
judgment
of
Mr.
Cornish,
"Assistant Superintendent, Tri-
butary
Mahals."
The
judg-
ment says: "In January last he
(the
prisoner)
was
"declared
capable of making his defence.
Proceedings against him were
therefore resumed.
Such evid-
ence as was procurable has been
recorded; and a formal charge
of murder has been drawn up.
The accused pleads insanity and
oblivion of what occurred.
The
act itself was scarcely that of a
sane man.
There is evidence to
show that he has previously been
obliged to leave the Raja's ser-
vice on account of insanity.
One
at least of the witnesses who saw
him a few hours after the murder
considered him then insane.
He
has been detained in a Lunatic
Asylum for some thirteen years.
The
presumption
therefore
is
almost irresistible that when kill-
ing Hira he was incapable of
knowing the nature of the act."
There is nothing in the judgment
as to the cause of
insanity.
There is no reference to ganja.
The registers show that the type
was shown as "mania"
from
1879 to 1887, as "toxic insanity"
in 1888 and 1889, and again as
"mania" from 1890 to 1894; and
that the cause is blank from 1879
to
1886 and
shown
as gania
from
1887 to
1894.
There
is
nothing
to
show
why
ganja
was entered in 1887.
The man was admitted into the
asylum in March 1879 accord-
ingly.
He was discharged
to
stand his trial on 12th February
1892, and re-admitted on 6th
May 1892. The papers then re-
ceived with
him
include
the
judgment
of
Mr.
Cornish,
"Assistant Superintendent, Tri-
butary
Mahals."
The
judg-
ment says: "In January last he
(the
prisoner)
was
"declared
capable of making his defence.
Proceedings against him were
therefore resumed.
Such evid-
ence as was procurable has been
recorded; and a formal charge
of murder has been drawn up.
The accused pleads insanity and
oblivion of what occurred.
The
act itself was scarcely that of a
sane man.
There is evidence to
show that he has previously been
obliged to leave the Raja's ser-
vice on account of insanity.
One
at least of the witnesses who saw
him a few hours after the murder
considered him then insane.
He
has been detained in a Lunatic
Asylum for some thirteen years.
The
presumption
therefore
is
almost irresistible that when kill-
ing Hira he was incapable of
knowing the nature of the act."
There is nothing in the judgment
as to the cause of
insanity.
There is no reference to ganja.
The registers show that the type
was shown as "mania"
from
1879 to 1887, as "toxic insanity"
in 1888 and 1889, and again as
"mania" from 1890 to 1894; and
that the cause is blank from 1879
to
1886 and
shown
as gania
from
1887 to
1894.
There
is
nothing
to
show
why
ganja
was entered in 1887.
The man was admitted into the
asylum in March 1879 accord-
ingly.
He was discharged
to
stand his trial on 12th February
1892, and re-admitted on 6th
May 1892. The papers then re-
ceived with
him
include
the
judgment
of
Mr.
Cornish,
"Assistant Superintendent, Tri-
butary
Mahals."
The
judg-
ment says: "In January last he
(the
prisoner)
was
"declared
capable of making his defence.
Proceedings against him were
therefore resumed.
Such evid-
ence as was procurable has been
recorded; and a formal charge
of murder has been drawn up.
The accused pleads insanity and
oblivion of what occurred.
The
act itself was scarcely that of a
sane man.
There is evidence to
show that he has previously been
obliged to leave the Raja's ser-
vice on account of insanity.
One
at least of the witnesses who saw
him a few hours after the murder
considered him then insane.
He
has been detained in a Lunatic
Asylum for some thirteen years.
The
presumption
therefore
is
almost irresistible that when kill-
ing Hira he was incapable of
knowing the nature of the act."
There is nothing in the judgment
as to the cause of
insanity.
There is no reference to ganja.
The registers show that the type
was shown as "mania"
from
1879 to 1887, as "toxic insanity"
in 1888 and 1889, and again as
"mania" from 1890 to 1894; and
that the cause is blank from 1879
to
1886 and
shown
as gania
from
1887 to
1894.
There
is
nothing
to
show
why
ganja
was entered in 1887.
The man was admitted into the
asylum in March 1879 accord-
ingly.
He was discharged
to
stand his trial on 12th February
1892, and re-admitted on 6th
May 1892. The papers then re-
ceived with
him
include
the
judgment
of
Mr.
Cornish,
"Assistant Superintendent, Tri-
butary
Mahals."
The
judg-
ment says: "In January last he
(the
prisoner)
was
"declared
capable of making his defence.
Proceedings against him were
therefore resumed.
Such evid-
ence as was procurable has been
recorded; and a formal charge
of murder has been drawn up.
The accused pleads insanity and
oblivion of what occurred.
The
act itself was scarcely that of a
sane man.
There is evidence to
show that he has previously been
obliged to leave the Raja's ser-
vice on account of insanity.
One
at least of the witnesses who saw
him a few hours after the murder
considered him then insane.
He
has been detained in a Lunatic
Asylum for some thirteen years.
The
presumption
therefore
is
almost irresistible that when kill-
ing Hira he was incapable of
knowing the nature of the act."
There is nothing in the judgment
as to the cause of
insanity.
There is no reference to ganja.
The registers show that the type
was shown as "mania"
from
1879 to 1887, as "toxic insanity"
in 1888 and 1889, and again as
"mania" from 1890 to 1894; and
that the cause is blank from 1879
to
1886 and
shown
as gania
from
1887 to
1894.
There
is
nothing
to
show
why
ganja
was entered in 1887.
The man was admitted into the
asylum in March 1879 accord-
ingly.
He was discharged
to
stand his trial on 12th February
1892, and re-admitted on 6th
May 1892. The papers then re-
ceived with
him
include
the
judgment
of
Mr.
Cornish,
"Assistant Superintendent, Tri-
butary
Mahals."
The
judg-
ment says: "In January last he
(the
prisoner)
was
"declared
capable of making his defence.
Proceedings against him were
therefore resumed.
Such evid-
ence as was procurable has been
recorded; and a formal charge
of murder has been drawn up.
The accused pleads insanity and
oblivion of what occurred.
The
act itself was scarcely that of a
sane man.
There is evidence to
show that he has previously been
obliged to leave the Raja's ser-
vice on account of insanity.
One
at least of the witnesses who saw
him a few hours after the murder
considered him then insane.
He
has been detained in a Lunatic
Asylum for some thirteen years.
The
presumption
therefore
is
almost irresistible that when kill-
ing Hira he was incapable of
knowing the nature of the act."
There is nothing in the judgment
as to the cause of
insanity.
There is no reference to ganja.
The registers show that the type
was shown as "mania"
from
1879 to 1887, as "toxic insanity"
in 1888 and 1889, and again as
"mania" from 1890 to 1894; and
that the cause is blank from 1879
to
1886 and
shown
as gania
from
1887 to
1894.
There
is
nothing
to
show
why
ganja
was entered in 1887.
The man was admitted into the
asylum in March 1879 accord-
ingly.
He was discharged
to
stand his trial on 12th February
1892, and re-admitted on 6th
May 1892. The papers then re-
ceived with
him
include
the
judgment
of
Mr.
Cornish,
"Assistant Superintendent, Tri-
butary
Mahals."
The
judg-
ment says: "In January last he
(the
prisoner)
was
"declared
capable of making his defence.
Proceedings against him were
therefore resumed.
Such evid-
ence as was procurable has been
recorded; and a formal charge
of murder has been drawn up.
The accused pleads insanity and
oblivion of what occurred.
The
act itself was scarcely that of a
sane man.
There is evidence to
show that he has previously been
obliged to leave the Raja's ser-
vice on account of insanity.
One
at least of the witnesses who saw
him a few hours after the murder
considered him then insane.
He
has been detained in a Lunatic
Asylum for some thirteen years.
The
presumption
therefore
is
almost irresistible that when kill-
ing Hira he was incapable of
knowing the nature of the act."
There is nothing in the judgment
as to the cause of
insanity.
There is no reference to ganja.
The registers show that the type
was shown as "mania"
from
1879 to 1887, as "toxic insanity"
in 1888 and 1889, and again as
"mania" from 1890 to 1894; and
that the cause is blank from 1879
to
1886 and
shown
as gania
from
1887 to
1894.
There
is
nothing
to
show
why
ganja
was entered in 1887.
The man was admitted into the
asylum in March 1879 accord-
ingly.
He was discharged
to
stand his trial on 12th February
1892, and re-admitted on 6th
May 1892. The papers then re-
ceived with
him
include
the
judgment
of
Mr.
Cornish,
"Assistant Superintendent, Tri-
butary
Mahals."
The
judg-
ment says: "In January last he
(the
prisoner)
was
"declared
capable of making his defence.
Proceedings against him were
therefore resumed.
Such evid-
ence as was procurable has been
recorded; and a formal charge
of murder has been drawn up.
The accused pleads insanity and
oblivion of what occurred.
The
act itself was scarcely that of a
sane man.
There is evidence to
show that he has previously been
obliged to leave the Raja's ser-
vice on account of insanity.
One
at least of the witnesses who saw
him a few hours after the murder
considered him then insane.
He
has been detained in a Lunatic
Asylum for some thirteen years.
The
presumption
therefore
is
almost irresistible that when kill-
ing Hira he was incapable of
knowing the nature of the act."
There is nothing in the judgment
as to the cause of
insanity.
There is no reference to ganja.
The registers show that the type
was shown as "mania"
from
1879 to 1887, as "toxic insanity"
in 1888 and 1889, and again as
"mania" from 1890 to 1894; and
that the cause is blank from 1879
to
1886 and
shown
as gania
from
1887 to
1894.
There
is
nothing
to
show
why
ganja
was entered in 1887.
The man was admitted into the
asylum in March 1879 accord-
ingly.
He was discharged
to
stand his trial on 12th February
1892, and re-admitted on 6th
May 1892. The papers then re-
ceived with
him
include
the
judgment
of
Mr.
Cornish,
"Assistant Superintendent, Tri-
butary
Mahals."
The
judg-
ment says: "In January last he
(the
prisoner)
was
"declared
capable of making his defence.
Proceedings against him were
therefore resumed.
Such evid-
ence as was procurable has been
recorded; and a formal charge
of murder has been drawn up.
The accused pleads insanity and
oblivion of what occurred.
The
act itself was scarcely that of a
sane man.
There is evidence to
show that he has previously been
obliged to leave the Raja's ser-
vice on account of insanity.
One
at least of the witnesses who saw
him a few hours after the murder
considered him then insane.
He
has been detained in a Lunatic
Asylum for some thirteen years.
The
presumption
therefore
is
almost irresistible that when kill-
ing Hira he was incapable of
knowing the nature of the act."
There is nothing in the judgment
as to the cause of
insanity.
There is no reference to ganja.
The registers show that the type
was shown as "mania"
from
1879 to 1887, as "toxic insanity"
in 1888 and 1889, and again as
"mania" from 1890 to 1894; and
that the cause is blank from 1879
to
1886 and
shown
as gania
from
1887 to
1894.
There
is
nothing
to
show
why
ganja
was entered in 1887.
The man was admitted into the
asylum in March 1879 accord-
ingly.
He was discharged
to
stand his trial on 12th February
1892, and re-admitted on 6th
May 1892. The papers then re-
ceived with
him
include
the
judgment
of
Mr.
Cornish,
"Assistant Superintendent, Tri-
butary
Mahals."
The
judg-
ment says: "In January last he
(the
prisoner)
was
"declared
capable of making his defence.
Proceedings against him were
therefore resumed.
Such evid-
ence as was procurable has been
recorded; and a formal charge
of murder has been drawn up.
The accused pleads insanity and
oblivion of what occurred.
The
act itself was scarcely that of a
sane man.
There is evidence to
show that he has previously been
obliged to leave the Raja's ser-
vice on account of insanity.
One
at least of the witnesses who saw
him a few hours after the murder
considered him then insane.
He
has been detained in a Lunatic
Asylum for some thirteen years.
The
presumption
therefore
is
almost irresistible that when kill-
ing Hira he was incapable of
knowing the nature of the act."
There is nothing in the judgment
as to the cause of
insanity.
There is no reference to ganja.
The man was admitted into the
asylum in March 1879 accord-
ingly.
He was discharged
to
stand his trial on 12th February
1892, and re-admitted on 6th
May 1892. The papers then re-
ceived with
him
include
the
judgment
of
Mr.
Cornish,
"Assistant Superintendent, Tri-
butary
Mahals."
The
judg-
ment says: "In January last he
(the
prisoner)
was
"declared
capable of making his defence.
Proceedings against him were
therefore resumed.
Such evid-
ence as was procurable has been
recorded; and a formal charge
of murder has been drawn up.
The accused pleads insanity and
oblivion of what occurred.
The
act itself was scarcely that of a
sane man.
There is evidence to
show that he has previously been
obliged to leave the Raja's ser-
vice on account of insanity.
One
at least of the witnesses who saw
him a few hours after the murder
considered him then insane.
He
has been detained in a Lunatic
Asylum for some thirteen years.
The
presumption
therefore
is
almost irresistible that when kill-
ing Hira he was incapable of
knowing the nature of the act."
There is nothing in the judgment
as to the cause of
insanity.
There is no reference to ganja.
The man, who is now sane, depos-
ed before us as follows:
"My
father was not insane, but
my
grandfather
was.
I
received
ganja from a Bairagi and smoked
it twice, morning and evening, for
three of four days.
I had never
smoked ganja before.
It made
me senseless, and I forgot every-
thing and killed Hira.
I had left
the Raja's service before I
met
the Bairagi.
I had left the ser-
vice because I was mad.
Sun-
stroke and other things had de-
stroyed my head and made me
senseless, so I left.
It was after
that I met the Bairagi who gave
me the ganja.
It was a month or
fortnight after leaving the
Raja
through madness that I met the
Bairagi.
I had not tasted ganja
before I became mad first."
The man was admitted into the
asylum in March 1879 accord-
ingly.
He was discharged
to
stand his trial on 12th February
1892, and re-admitted on 6th
May 1892. The papers then re-
ceived with
him
include
the
judgment
of
Mr.
Cornish,
"Assistant Superintendent, Tri-
butary
Mahals."
The
judg-
ment says: "In January last he
(the
prisoner)
was
"declared
capable of making his defence.
Proceedings against him were
therefore resumed.
Such evid-
ence as was procurable has been
recorded; and a formal charge
of murder has been drawn up.
The accused pleads insanity and
oblivion of what occurred.
The
act itself was scarcely that of a
sane man.
There is evidence to
show that he has previously been
obliged to leave the Raja's ser-
vice on account of insanity.
One
at least of the witnesses who saw
him a few hours after the murder
considered him then insane.
He
has been detained in a Lunatic
Asylum for some thirteen years.
The
presumption
therefore
is
almost irresistible that when kill-
ing Hira he was incapable of
knowing the nature of the act."
There is nothing in the judgment
as to the cause of
insanity.
There is no reference to ganja.
The man, who is now sane, depos-
ed before us as follows:
"My
father was not insane, but
my
grandfather
was.
I
received
ganja from a Bairagi and smoked
it twice, morning and evening, for
three of four days.
I had never
smoked ganja before.
It made
me senseless, and I forgot every-
thing and killed Hira.
I had left
the Raja's service before I
met
the Bairagi.
I had left the ser-
vice because I was mad.
Sun-
stroke and other things had de-
stroyed my head and made me
senseless, so I left.
It was after
that I met the Bairagi who gave
me the ganja.
It was a month or
fortnight after leaving the
Raja
through madness that I met the
Bairagi.
I had not tasted ganja
before I became mad first."
The man was admitted into the
asylum in March 1879 accord-
ingly.
He was discharged
to
stand his trial on 12th February
1892, and re-admitted on 6th
May 1892. The papers then re-
ceived with
him
include
the
judgment
of
Mr.
Cornish,
"Assistant Superintendent, Tri-
butary
Mahals."
The
judg-
ment says: "In January last he
(the
prisoner)
was
"declared
capable of making his defence.
Proceedings against him were
therefore resumed.
Such evid-
ence as was procurable has been
recorded; and a formal charge
of murder has been drawn up.
The accused pleads insanity and
oblivion of what occurred.
The
act itself was scarcely that of a
sane man.
There is evidence to
show that he has previously been
obliged to leave the Raja's ser-
vice on account of insanity.
One
at least of the witnesses who saw
him a few hours after the murder
considered him then insane.
He
has been detained in a Lunatic
Asylum for some thirteen years.
The
presumption
therefore
is
almost irresistible that when kill-
ing Hira he was incapable of
knowing the nature of the act."
There is nothing in the judgment
as to the cause of
insanity.
There is no reference to ganja.
The man, who is now sane, depos-
ed before us as follows:
"My
father was not insane, but
my
grandfather
was.
I
received
ganja from a Bairagi and smoked
it twice, morning and evening, for
three of four days.
I had never
smoked ganja before.
It made
me senseless, and I forgot every-
thing and killed Hira.
I had left
the Raja's service before I
met
the Bairagi.
I had left the ser-
vice because I was mad.
Sun-
stroke and other things had de-
stroyed my head and made me
senseless, so I left.
It was after
that I met the Bairagi who gave
me the ganja.
It was a month or
fortnight after leaving the
Raja
through madness that I met the
Bairagi.
I had not tasted ganja
before I became mad first."
The man was admitted into the
asylum in March 1879 accord-
ingly.
He was discharged
to
stand his trial on 12th February
1892, and re-admitted on 6th
May 1892. The papers then re-
ceived with
him
include
the
judgment
of
Mr.
Cornish,
"Assistant Superintendent, Tri-
butary
Mahals."
The
judg-
ment says: "In January last he
(the
prisoner)
was
"declared
capable of making his defence.
Proceedings against him were
therefore resumed.
Such evid-
ence as was procurable has been
recorded; and a formal charge
of murder has been drawn up.
The accused pleads insanity and
oblivion of what occurred.
The
act itself was scarcely that of a
sane man.
There is evidence to
show that he has previously been
obliged to leave the Raja's ser-
vice on account of insanity.
One
at least of the witnesses who saw
him a few hours after the murder
considered him then insane.
He
has been detained in a Lunatic
Asylum for some thirteen years.
The
presumption
therefore
is
almost irresistible that when kill-
ing Hira he was incapable of
knowing the nature of the act."
There is nothing in the judgment
as to the cause of
insanity.
There is no reference to ganja.
The man, who is now sane, depos-
ed before us as follows:
"My
father was not insane, but
my
grandfather
was.
I
received
ganja from a Bairagi and smoked
it twice, morning and evening, for
three of four days.
I had never
smoked ganja before.
It made
me senseless, and I forgot every-
thing and killed Hira.
I had left
the Raja's service before I
met
the Bairagi.
I had left the ser-
vice because I was mad.
Sun-
stroke and other things had de-
stroyed my head and made me
senseless, so I left.
It was after
that I met the Bairagi who gave
me the ganja.
It was a month or
fortnight after leaving the
Raja
through madness that I met the
Bairagi.
I had not tasted ganja
before I became mad first."
The man was admitted into the
asylum in March 1879 accord-
ingly.
He was discharged
to
stand his trial on 12th February
1892, and re-admitted on 6th
May 1892. The papers then re-
ceived with
him
include
the
judgment
of
Mr.
Cornish,
"Assistant Superintendent, Tri-
butary
Mahals."
The
judg-
ment says: "In January last he
(the
prisoner)
was
"declared
capable of making his defence.
Proceedings against him were
therefore resumed.
Such evid-
ence as was procurable has been
recorded; and a formal charge
of murder has been drawn up.
The accused pleads insanity and
oblivion of what occurred.
The
act itself was scarcely that of a
sane man.
There is evidence to
show that he has previously been
obliged to leave the Raja's ser-
vice on account of insanity.
One
at least of the witnesses who saw
him a few hours after the murder
considered him then insane.
He
has been detained in a Lunatic
Asylum for some thirteen years.
The
presumption
therefore
is
almost irresistible that when kill-
ing Hira he was incapable of
knowing the nature of the act."
There is nothing in the judgment
as to the cause of
insanity.
There is no reference to ganja.
The man, who is now sane, depos-
ed before us as follows:
"My
father was not insane, but
my
grandfather
was.
I
received
ganja from a Bairagi and smoked
it twice, morning and evening, for
three of four days.
I had never
smoked ganja before.
It made
me senseless, and I forgot every-
thing and killed Hira.
I had left
the Raja's service before I
met
the Bairagi.
I had left the ser-
vice because I was mad.
Sun-
stroke and other things had de-
stroyed my head and made me
senseless, so I left.
It was after
that I met the Bairagi who gave
me the ganja.
It was a month or
fortnight after leaving the
Raja
through madness that I met the
Bairagi.
I had not tasted ganja
before I became mad first."
The man was admitted into the
asylum in March 1879 accord-
ingly.
He was discharged
to
stand his trial on 12th February
1892, and re-admitted on 6th
May 1892. The papers then re-
ceived with
him
include
the
judgment
of
Mr.
Cornish,
"Assistant Superintendent, Tri-
butary
Mahals."
The
judg-
ment says: "In January last he
(the
prisoner)
was
"declared
capable of making his defence.
Proceedings against him were
therefore resumed.
Such evid-
ence as was procurable has been
recorded; and a formal charge
of murder has been drawn up.
The accused pleads insanity and
oblivion of what occurred.
The
act itself was scarcely that of a
sane man.
There is evidence to
show that he has previously been
obliged to leave the Raja's ser-
vice on account of insanity.
One
at least of the witnesses who saw
him a few hours after the murder
considered him then insane.
He
has been detained in a Lunatic
Asylum for some thirteen years.
The
presumption
therefore
is
almost irresistible that when kill-
ing Hira he was incapable of
knowing the nature of the act."
There is nothing in the judgment
as to the cause of
insanity.
There is no reference to ganja.
The man, who is now sane, depos-
ed before us as follows:
"My
father was not insane, but
my
grandfather
was.
I
received
ganja from a Bairagi and smoked
it twice, morning and evening, for
three of four days.
I had never
smoked ganja before.
It made
me senseless, and I forgot every-
thing and killed Hira.
I had left
the Raja's service before I
met
the Bairagi.
I had left the ser-
vice because I was mad.
Sun-
stroke and other things had de-
stroyed my head and made me
senseless, so I left.
It was after
that I met the Bairagi who gave
me the ganja.
It was a month or
fortnight after leaving the
Raja
through madness that I met the
Bairagi.
I had not tasted ganja
before I became mad first."
The man was admitted into the
asylum in March 1879 accord-
ingly.
He was discharged
to
stand his trial on 12th February
1892, and re-admitted on 6th
May 1892. The papers then re-
ceived with
him
include
the
judgment
of
Mr.
Cornish,
"Assistant Superintendent, Tri-
butary
Mahals."
The
judg-
ment says: "In January last he
(the
prisoner)
was
"declared
capable of making his defence.
Proceedings against him were
therefore resumed.
Such evid-
ence as was procurable has been
recorded; and a formal charge
of murder has been drawn up.
The accused pleads insanity and
oblivion of what occurred.
The
act itself was scarcely that of a
sane man.
There is evidence to
show that he has previously been
obliged to leave the Raja's ser-
vice on account of insanity.
One
at least of the witnesses who saw
him a few hours after the murder
considered him then insane.
He
has been detained in a Lunatic
Asylum for some thirteen years.
The
presumption
therefore
is
almost irresistible that when kill-
ing Hira he was incapable of
knowing the nature of the act."
There is nothing in the judgment
as to the cause of
insanity.
There is no reference to ganja.
The man, who is now sane, depos-
ed before us as follows:
"My
father was not insane, but
my
grandfather
was.
I
received
ganja from a Bairagi and smoked
it twice, morning and evening, for
three of four days.
I had never
smoked ganja before.
It made
me senseless, and I forgot every-
thing and killed Hira.
I had left
the Raja's service before I
met
the Bairagi.
I had left the ser-
vice because I was mad.
Sun-
stroke and other things had de-
stroyed my head and made me
senseless, so I left.
It was after
that I met the Bairagi who gave
me the ganja.
It was a month or
fortnight after leaving the
Raja
through madness that I met the
Bairagi.
I had not tasted ganja
before I became mad first."
The man was admitted into the
asylum in March 1879 accord-
ingly.
He was discharged
to
stand his trial on 12th February
1892, and re-admitted on 6th
May 1892. The papers then re-
ceived with
him
include
the
judgment
of
Mr.
Cornish,
"Assistant Superintendent, Tri-
butary
Mahals."
The
judg-
ment says: "In January last he
(the
prisoner)
was
"declared
capable of making his defence.
Proceedings against him were
therefore resumed.
Such evid-
ence as was procurable has been
recorded; and a formal charge
of murder has been drawn up.
The accused pleads insanity and
oblivion of what occurred.
The
act itself was scarcely that of a
sane man.
There is evidence to
show that he has previously been
obliged to leave the Raja's ser-
vice on account of insanity.
One
at least of the witnesses who saw
him a few hours after the murder
considered him then insane.
He
has been detained in a Lunatic
Asylum for some thirteen years.
The
presumption
therefore
is
almost irresistible that when kill-
ing Hira he was incapable of
knowing the nature of the act."
There is nothing in the judgment
as to the cause of
insanity.
There is no reference to ganja.
The man, who is now sane, depos-
ed before us as follows:
"My
father was not insane, but
my
grandfather
was.
I
received
ganja from a Bairagi and smoked
it twice, morning and evening, for
three of four days.
I had never
smoked ganja before.
It made
me senseless, and I forgot every-
thing and killed Hira.
I had left
the Raja's service before I
met
the Bairagi.
I had left the ser-
vice because I was mad.
Sun-
stroke and other things had de-
stroyed my head and made me
senseless, so I left.
It was after
that I met the Bairagi who gave
me the ganja.
It was a month or
fortnight after leaving the
Raja
through madness that I met the
Bairagi.
I had not tasted ganja
before I became mad first."
The man was admitted into the
asylum in March 1879 accord-
ingly.
He was discharged
to
stand his trial on 12th February
1892, and re-admitted on 6th
May 1892. The papers then re-
ceived with
him
include
the
judgment
of
Mr.
Cornish,
"Assistant Superintendent, Tri-
butary
Mahals."
The
judg-
ment says: "In January last he
(the
prisoner)
was
"declared
capable of making his defence.
Proceedings against him were
therefore resumed.
Such evid-
ence as was procurable has been
recorded; and a formal charge
of murder has been drawn up.
The accused pleads insanity and
oblivion of what occurred.
The
act itself was scarcely that of a
sane man.
There is evidence to
show that he has previously been
obliged to leave the Raja's ser-
vice on account of insanity.
One
at least of the witnesses who saw
him a few hours after the murder
considered him then insane.
He
has been detained in a Lunatic
Asylum for some thirteen years.
The
presumption
therefore
is
almost irresistible that when kill-
ing Hira he was incapable of
knowing the nature of the act."
There is nothing in the judgment
as to the cause of
insanity.
There is no reference to ganja.
The man, who is now sane, depos-
ed before us as follows:
"My
father was not insane, but
my
grandfather
was.
I
received
ganja from a Bairagi and smoked
it twice, morning and evening, for
three of four days.
I had never
smoked ganja before.
It made
me senseless, and I forgot every-
thing and killed Hira.
I had left
the Raja's service before I
met
the Bairagi.
I had left the ser-
vice because I was mad.
Sun-
stroke and other things had de-
stroyed my head and made me
senseless, so I left.
It was after
that I met the Bairagi who gave
me the ganja.
It was a month or
fortnight after leaving the
Raja
through madness that I met the
Bairagi.
I had not tasted ganja
before I became mad first."
The man was admitted into the
asylum in March 1879 accord-
ingly.
He was discharged
to
stand his trial on 12th February
1892, and re-admitted on 6th
May 1892. The papers then re-
ceived with
him
include
the
judgment
of
Mr.
Cornish,
"Assistant Superintendent, Tri-
butary
Mahals."
The
judg-
ment says: "In January last he
(the
prisoner)
was
"declared
capable of making his defence.
Proceedings against him were
therefore resumed.
Such evid-
ence as was procurable has been
recorded; and a formal charge
of murder has been drawn up.
The accused pleads insanity and
oblivion of what occurred.
The
act itself was scarcely that of a
sane man.
There is evidence to
show that he has previously been
obliged to leave the Raja's ser-
vice on account of insanity.
One
at least of the witnesses who saw
him a few hours after the murder
considered him then insane.
He
has been detained in a Lunatic
Asylum for some thirteen years.
The
presumption
therefore
is
almost irresistible that when kill-
ing Hira he was incapable of
knowing the nature of the act."
There is nothing in the judgment
as to the cause of
insanity.
There is no reference to ganja.
The man, who is now sane, depos-
ed before us as follows:
"My
father was not insane, but
my
grandfather
was.
I
received
ganja from a Bairagi and smoked
it twice, morning and evening, for
three of four days.
I had never
smoked ganja before.
It made
me senseless, and I forgot every-
thing and killed Hira.
I had left
the Raja's service before I
met
the Bairagi.
I had left the ser-
vice because I was mad.
Sun-
stroke and other things had de-
stroyed my head and made me
senseless, so I left.
It was after
that I met the Bairagi who gave
me the ganja.
It was a month or
fortnight after leaving the
Raja
through madness that I met the
Bairagi.
I had not tasted ganja
before I became mad first."
The man was admitted into the
asylum in March 1879 accord-
ingly.
He was discharged
to
stand his trial on 12th February
1892, and re-admitted on 6th
May 1892. The papers then re-
ceived with
him
include
the
judgment
of
Mr.
Cornish,
"Assistant Superintendent, Tri-
butary
Mahals."
The
judg-
ment says: "In January last he
(the
prisoner)
was
"declared
capable of making his defence.
Proceedings against him were
therefore resumed.
Such evid-
ence as was procurable has been
recorded; and a formal charge
of murder has been drawn up.
The accused pleads insanity and
oblivion of what occurred.
The
act itself was scarcely that of a
sane man.
There is evidence to
show that he has previously been
obliged to leave the Raja's ser-
vice on account of insanity.
One
at least of the witnesses who saw
him a few hours after the murder
considered him then insane.
He
has been detained in a Lunatic
Asylum for some thirteen years.
The
presumption
therefore
is
almost irresistible that when kill-
ing Hira he was incapable of
knowing the nature of the act."
There is nothing in the judgment
as to the cause of
insanity.
There is no reference to ganja.
The man, who is now sane, depos-
ed before us as follows:
"My
father was not insane, but
my
grandfather
was.
I
received
ganja from a Bairagi and smoked
it twice, morning and evening, for
three of four days.
I had never
smoked ganja before.
It made
me senseless, and I forgot every-
thing and killed Hira.
I had left
the Raja's service before I
met
the Bairagi.
I had left the ser-
vice because I was mad.
Sun-
stroke and other things had de-
stroyed my head and made me
senseless, so I left.
It was after
that I met the Bairagi who gave
me the ganja.
It was a month or
fortnight after leaving the
Raja
through madness that I met the
Bairagi.
I had not tasted ganja
before I became mad first."
The man was admitted into the
asylum in March 1879 accord-
ingly.
He was discharged
to
stand his trial on 12th February
1892, and re-admitted on 6th
May 1892. The papers then re-
ceived with
him
include
the
judgment
of
Mr.
Cornish,
"Assistant Superintendent, Tri-
butary
Mahals."
The
judg-
ment says: "In January last he
(the
prisoner)
was
"declared
capable of making his defence.
Proceedings against him were
therefore resumed.
Such evid-
ence as was procurable has been
recorded; and a formal charge
of murder has been drawn up.
The accused pleads insanity and
oblivion of what occurred.
The
act itself was scarcely that of a
sane man.
There is evidence to
show that he has previously been
obliged to leave the Raja's ser-
vice on account of insanity.
One
at least of the witnesses who saw
him a few hours after the murder
considered him then insane.
He
has been detained in a Lunatic
Asylum for some thirteen years.
The
presumption
therefore
is
almost irresistible that when kill-
ing Hira he was incapable of
knowing the nature of the act."
There is nothing in the judgment
as to the cause of
insanity.
There is no reference to ganja.
The man, who is now sane, depos-
ed before us as follows:
"My
father was not insane, but
my
grandfather
was.
I
received
ganja from a Bairagi and smoked
it twice, morning and evening, for
three of four days.
I had never
smoked ganja before.
It made
me senseless, and I forgot every-
thing and killed Hira.
I had left
the Raja's service before I
met
the Bairagi.
I had left the ser-
vice because I was mad.
Sun-
stroke and other things had de-
stroyed my head and made me
senseless, so I left.
It was after
that I met the Bairagi who gave
me the ganja.
It was a month or
fortnight after leaving the
Raja
through madness that I met the
Bairagi.
I had not tasted ganja
before I became mad first."
The man was admitted into the
asylum in March 1879 accord-
ingly.
He was discharged
to
stand his trial on 12th February
1892, and re-admitted on 6th
May 1892. The papers then re-
ceived with
him
include
the
judgment
of
Mr.
Cornish,
"Assistant Superintendent, Tri-
butary
Mahals."
The
judg-
ment says: "In January last he
(the
prisoner)
was
"declared
capable of making his defence.
Proceedings against him were
therefore resumed.
Such evid-
ence as was procurable has been
recorded; and a formal charge
of murder has been drawn up.
The accused pleads insanity and
oblivion of what occurred.
The
act itself was scarcely that of a
sane man.
There is evidence to
show that he has previously been
obliged to leave the Raja's ser-
vice on account of insanity.
One
at least of the witnesses who saw
him a few hours after the murder
considered him then insane.
He
has been detained in a Lunatic
Asylum for some thirteen years.
The
presumption
therefore
is
almost irresistible that when kill-
ing Hira he was incapable of
knowing the nature of the act."
There is nothing in the judgment
as to the cause of
insanity.
There is no reference to ganja.
The man, who is now sane, depos-
ed before us as follows:
"My
father was not insane, but
my
grandfather
was.
I
received
ganja from a Bairagi and smoked
it twice, morning and evening, for
three of four days.
I had never
smoked ganja before.
It made
me senseless, and I forgot every-
thing and killed Hira.
I had left
the Raja's service before I
met
the Bairagi.
I had left the ser-
vice because I was mad.
Sun-
stroke and other things had de-
stroyed my head and made me
senseless, so I left.
It was after
that I met the Bairagi who gave
me the ganja.
It was a month or
fortnight after leaving the
Raja
through madness that I met the
Bairagi.
I had not tasted ganja
before I became mad first."
The man was admitted into the
asylum in March 1879 accord-
ingly.
He was discharged
to
stand his trial on 12th February
1892, and re-admitted on 6th
May 1892. The papers then re-
ceived with
him
include
the
judgment
of
Mr.
Cornish,
"Assistant Superintendent, Tri-
butary
Mahals."
The
judg-
ment says: "In January last he
(the
prisoner)
was
"declared
capable of making his defence.
Proceedings against him were
therefore resumed.
Such evid-
ence as was procurable has been
recorded; and a formal charge
of murder has been drawn up.
The accused pleads insanity and
oblivion of what occurred.
The
act itself was scarcely that of a
sane man.
There is evidence to
show that he has previously been
obliged to leave the Raja's ser-
vice on account of insanity.
One
at least of the witnesses who saw
him a few hours after the murder
considered him then insane.
He
has been detained in a Lunatic
Asylum for some thirteen years.
The
presumption
therefore
is
almost irresistible that when kill-
ing Hira he was incapable of
knowing the nature of the act."
There is nothing in the judgment
as to the cause of
insanity.
There is no reference to ganja.
The man, who is now sane, depos-
ed before us as follows:
"My
father was not insane, but
my
grandfather
was.
I
received
ganja from a Bairagi and smoked
it twice, morning and evening, for
three of four days.
I had never
smoked ganja before.
It made
me senseless, and I forgot every-
thing and killed Hira.
I had left
the Raja's service before I
met
the Bairagi.
I had left the ser-
vice because I was mad.
Sun-
stroke and other things had de-
stroyed my head and made me
senseless, so I left.
It was after
that I met the Bairagi who gave
me the ganja.
It was a month or
fortnight after leaving the
Raja
through madness that I met the
Bairagi.
I had not tasted ganja
before I became mad first."
The man was admitted into the
asylum in March 1879 accord-
ingly.
He was discharged
to
stand his trial on 12th February
1892, and re-admitted on 6th
May 1892. The papers then re-
ceived with
him
include
the
judgment
of
Mr.
Cornish,
"Assistant Superintendent, Tri-
butary
Mahals."
The
judg-
ment says: "In January last he
(the
prisoner)
was
"declared
capable of making his defence.
Proceedings against him were
therefore resumed.
Such evid-
ence as was procurable has been
recorded; and a formal charge
of murder has been drawn up.
The accused pleads insanity and
oblivion of what occurred.
The
act itself was scarcely that of a
sane man.
There is evidence to
show that he has previously been
obliged to leave the Raja's ser-
vice on account of insanity.
One
at least of the witnesses who saw
him a few hours after the murder
considered him then insane.
He
has been detained in a Lunatic
Asylum for some thirteen years.
The
presumption
therefore
is
almost irresistible that when kill-
ing Hira he was incapable of
knowing the nature of the act."
There is nothing in the judgment
as to the cause of
insanity.
There is no reference to ganja.
The man, who is now sane, depos-
ed before us as follows:
"My
father was not insane, but
my
grandfather
was.
I
received
ganja from a Bairagi and smoked
it twice, morning and evening, for
three of four days.
I had never
smoked ganja before.
It made
me senseless, and I forgot every-
thing and killed Hira.
I had left
the Raja's service before I
met
the Bairagi.
I had left the ser-
vice because I was mad.
Sun-
stroke and other things had de-
stroyed my head and made me
senseless, so I left.
It was after
that I met the Bairagi who gave
me the ganja.
It was a month or
fortnight after leaving the
Raja
through madness that I met the
Bairagi.
I had not tasted ganja
before I became mad first."
The man was admitted into the
asylum in March 1879 accord-
ingly.
He was discharged
to
stand his trial on 12th February
1892, and re-admitted on 6th
May 1892. The papers then re-
ceived with
him
include
the
judgment
of
Mr.
Cornish,
"Assistant Superintendent, Tri-
butary
Mahals."
The
judg-
ment says: "In January last he
(the
prisoner)
was
"declared
capable of making his defence.
Proceedings against him were
therefore resumed.
Such evid-
ence as was procurable has been
recorded; and a formal charge
of murder has been drawn up.
The accused pleads insanity and
oblivion of what occurred.
The
act itself was scarcely that of a
sane man.
There is evidence to
show that he has previously been
obliged to leave the Raja's ser-
vice on account of insanity.
One
at least of the witnesses who saw
him a few hours after the murder
considered him then insane.
He
has been detained in a Lunatic
Asylum for some thirteen years.
The
presumption
therefore
is
almost irresistible that when kill-
ing Hira he was incapable of
knowing the nature of the act."
There is nothing in the judgment
as to the cause of
insanity.
There is no reference to ganja.
The man, who is now sane, depos-
ed before us as follows:
"My
father was not insane, but
my
grandfather
was.
I
received
ganja from a Bairagi and smoked
it twice, morning and evening, for
three of four days.
I had never
smoked ganja before.
It made
me senseless, and I forgot every-
thing and killed Hira.
I had left
the Raja's service before I
met
the Bairagi.
I had left the ser-
vice because I was mad.
Sun-
stroke and other things had de-
stroyed my head and made me
senseless, so I left.
It was after
that I met the Bairagi who gave
me the ganja.
It was a month or
fortnight after leaving the
Raja
through madness that I met the
Bairagi.
I had not tasted ganja
before I became mad first."
The man, who is now sane, depos-
ed before us as follows:
"My
father was not insane, but
my
grandfather
was.
I
received
ganja from a Bairagi and smoked
it twice, morning and evening, for
three of four days.
I had never
smoked ganja before.
It made
me senseless, and I forgot every-
thing and killed Hira.
I had left
the Raja's service before I
met
the Bairagi.
I had left the ser-
vice because I was mad.
Sun-
stroke and other things had de-
stroyed my head and made me
senseless, so I left.
It was after
that I met the Bairagi who gave
me the ganja.
It was a month or
fortnight after leaving the
Raja
through madness that I met the
Bairagi.
I had not tasted ganja
before I became mad first."
The man, who is now sane, depos-
ed before us as follows:
"My
father was not insane, but
my
grandfather
was.
I
received
ganja from a Bairagi and smoked
it twice, morning and evening, for
three of four days.
I had never
smoked ganja before.
It made
me senseless, and I forgot every-
thing and killed Hira.
I had left
the Raja's service before I
met
the Bairagi.
I had left the ser-
vice because I was mad.
Sun-
stroke and other things had de-
stroyed my head and made me
senseless, so I left.
It was after
that I met the Bairagi who gave
me the ganja.
It was a month or
fortnight after leaving the
Raja
through madness that I met the
Bairagi.
I had not tasted ganja
before I became mad first."
The man, who is now sane, depos-
ed before us as follows:
"My
father was not insane, but
my
grandfather
was.
I
received
ganja from a Bairagi and smoked
it twice, morning and evening, for
three of four days.
I had never
smoked ganja before.
It made
me senseless, and I forgot every-
thing and killed Hira.
I had left
the Raja's service before I
met
the Bairagi.
I had left the ser-
vice because I was mad.
Sun-
stroke and other things had de-
stroyed my head and made me
senseless, so I left.
It was after
that I met the Bairagi who gave
me the ganja.
It was a month or
fortnight after leaving the
Raja
through madness that I met the
Bairagi.
I had not tasted ganja
before I became mad first."
The man, who is now sane, depos-
ed before us as follows:
"My
father was not insane, but
my
grandfather
was.
I
received
ganja from a Bairagi and smoked
it twice, morning and evening, for
three of four days.
I had never
smoked ganja before.
It made
me senseless, and I forgot every-
thing and killed Hira.
I had left
the Raja's service before I
met
the Bairagi.
I had left the ser-
vice because I was mad.
Sun-
stroke and other things had de-
stroyed my head and made me
senseless, so I left.
It was after
that I met the Bairagi who gave
me the ganja.
It was a month or
fortnight after leaving the
Raja
through madness that I met the
Bairagi.
I had not tasted ganja
before I became mad first."
The man, who is now sane, depos-
ed before us as follows:
"My
father was not insane, but
my
grandfather
was.
I
received
ganja from a Bairagi and smoked
it twice, morning and evening, for
three of four days.
I had never
smoked ganja before.
It made
me senseless, and I forgot every-
thing and killed Hira.
I had left
the Raja's service before I
met
the Bairagi.
I had left the ser-
vice because I was mad.
Sun-
stroke and other things had de-
stroyed my head and made me
senseless, so I left.
It was after
that I met the Bairagi who gave
me the ganja.
It was a month or
fortnight after leaving the
Raja
through madness that I met the
Bairagi.
I had not tasted ganja
before I became mad first."
The man, who is now sane, depos-
ed before us as follows:
"My
father was not insane, but
my
grandfather
was.
I
received
ganja from a Bairagi and smoked
it twice, morning and evening, for
three of four days.
I had never
smoked ganja before.
It made
me senseless, and I forgot every-
thing and killed Hira.
I had left
the Raja's service before I
met
the Bairagi.
I had left the ser-
vice because I was mad.
Sun-
stroke and other things had de-
stroyed my head and made me
senseless, so I left.
It was after
that I met the Bairagi who gave
me the ganja.
It was a month or
fortnight after leaving the
Raja
through madness that I met the
Bairagi.
I had not tasted ganja
before I became mad first."
Dr. Zorab is of opinion that ganja
has no connection with the insani-
ty in this case.
This
was his
opinion when he first saw the case
as Civil Surgeon of Balasore;
and he has seen no cause in the
subsequent history of the case to
change his opinion.
Dr. Zorab is of opinion that ganja
has no connection with the insani-
ty in this case.
This
was his
opinion when he first saw the case
as Civil Surgeon of Balasore;
and he has seen no cause in the
subsequent history of the case to
change his opinion.
Dr. Zorab is of opinion that ganja
has no connection with the insani-
ty in this case.
This
was his
opinion when he first saw the case
as Civil Surgeon of Balasore;
and he has seen no cause in the
subsequent history of the case to
change his opinion.
Dr. Zorab is of opinion that ganja
has no connection with the insani-
ty in this case.
This
was his
opinion when he first saw the case
as Civil Surgeon of Balasore;
and he has seen no cause in the
subsequent history of the case to
change his opinion.
Dr. Zorab is of opinion that ganja
has no connection with the insani-
ty in this case.
This
was his
opinion when he first saw the case
as Civil Surgeon of Balasore;
and he has seen no cause in the
subsequent history of the case to
change his opinion.
Dr. Zorab is of opinion that ganja
has no connection with the insani-
ty in this case.
This
was his
opinion when he first saw the case
as Civil Surgeon of Balasore;
and he has seen no cause in the
subsequent history of the case to
change his opinion.
Dr. Zorab is of opinion that ganja
has no connection with the insani-
ty in this case.
This
was his
opinion when he first saw the case
as Civil Surgeon of Balasore;
and he has seen no cause in the
subsequent history of the case to
change his opinion.
Dr. Zorab is of opinion that ganja
has no connection with the insani-
ty in this case.
This
was his
opinion when he first saw the case
as Civil Surgeon of Balasore;
and he has seen no cause in the
subsequent history of the case to
change his opinion.
NOTE.—The total number of admissions to this asylum in 1892 was:—
Criminal
Males
Females
3
Non-criminal
Males
Females
TOTAL
3
Of these, one case,—(the above) was attributed to ganja smoking In Statement VII; but no case was shown under Toxic insanity in Statement VI.
28th
February
1894.